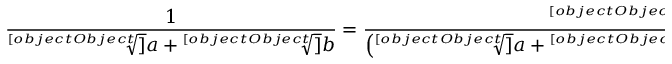
{ \frac { 1 } { { \sqrt [ [object Object] ] { a } } + { \sqrt [ [object Object] ] { b } } } } = { \frac { { \sqrt [ [object Object] ] { a ^ { 2 } } } - { \sqrt [ [object Object] ] { a b } } + { \sqrt [ [object Object] ] { b ^ { 2 } } } } { \left( { \sqrt [ [object Object] ] { a } } + { \sqrt [ [object Object] ] { b } } \right) \left( { \sqrt [ [object Object] ] { a ^ { 2 } } } - { \sqrt [ [object Object] ] { a b } } + { \sqrt [ [object Object] ] { b ^ { 2 } } } \right) } } = { \frac { { \sqrt [ [object Object] ] { a ^ { 2 } } } - { \sqrt [ [object Object] ] { a b } } + { \sqrt [ [object Object] ] { b ^ { 2 } } } } { a + b } } \, .